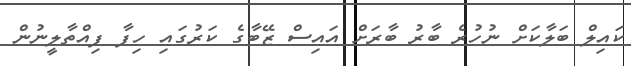
ކައިލް ބަލާކަށް ނުހުރެ ބާރު ބާރަށް އައިސް ޒޭބާގެ ކަރުގައި ހިފާ ފިއްތާލީނުން